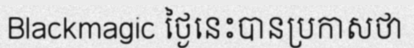
Blackmagic ថ្ងៃនេះបានប្រកាសថា